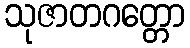
သုဇာတဂတ္တော